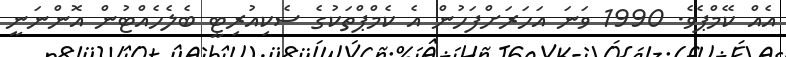
އެއް ކޭމްޕެވެ. 1990 ވަނަ އަހަރަށްފަހުން އެ ކެމްޕްތަކުގެ ސެކިއުރިޓީ ބެލެހެއްޓުން އޮންނަނީ